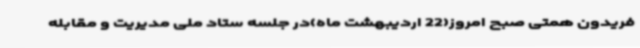
فریدون همتی صبح امروز(22 اردیبهشت ماه)در جلسه ستاد ملی مدیریت و مقابله